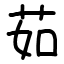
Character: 茹